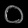
Digit: ၀